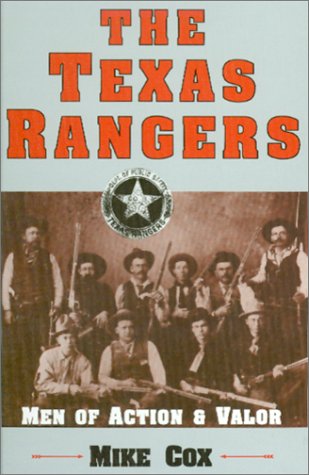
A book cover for Texas Rangers; Mike Cox; Teen & Young Adult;